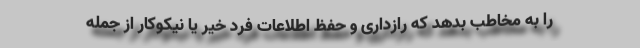
را به مخاطب بدهد که رازداری و حفظ اطلاعات فرد خیر یا نیکوکار از جمله